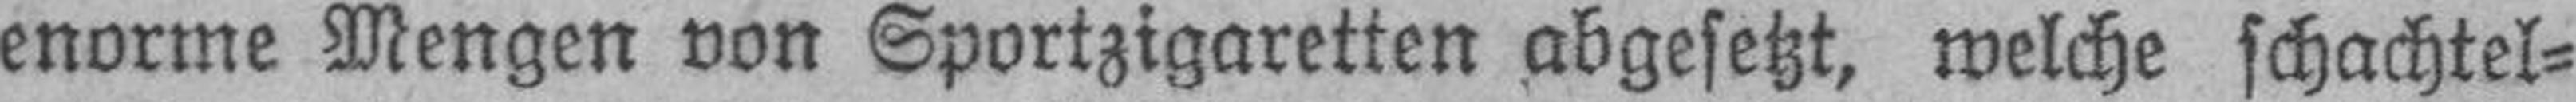
enorme Mengen von Sportzigaretten abgesetzt, welche schachtel¬